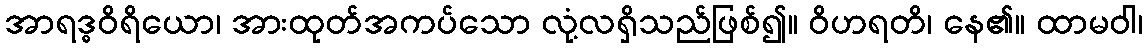
အာရဒ္ဓဝိရိယော၊ အားထုတ်အကပ်သော လုံ့လရှိသည်ဖြစ်၍။ ဝိဟရတိ၊ နေ၏။ ထာမဝါ၊